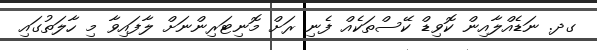
ގދ. ނަޑެއްލާއިން ކޮވިޑް ކޭސްތަކެއް ފެނި ރަށް މޮނިޓަރިންނަށް ލާފައިވާ މި ހާލަތުގައި